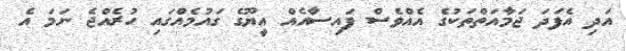
އަދި އެފަދަ ޖަމާއަތްތަކުގެ އެއްވެސް ފައިސާއެއް އީޔޫގެ ގައުމެއްގައި ހުރެއްޖެ ނަމަ އެ